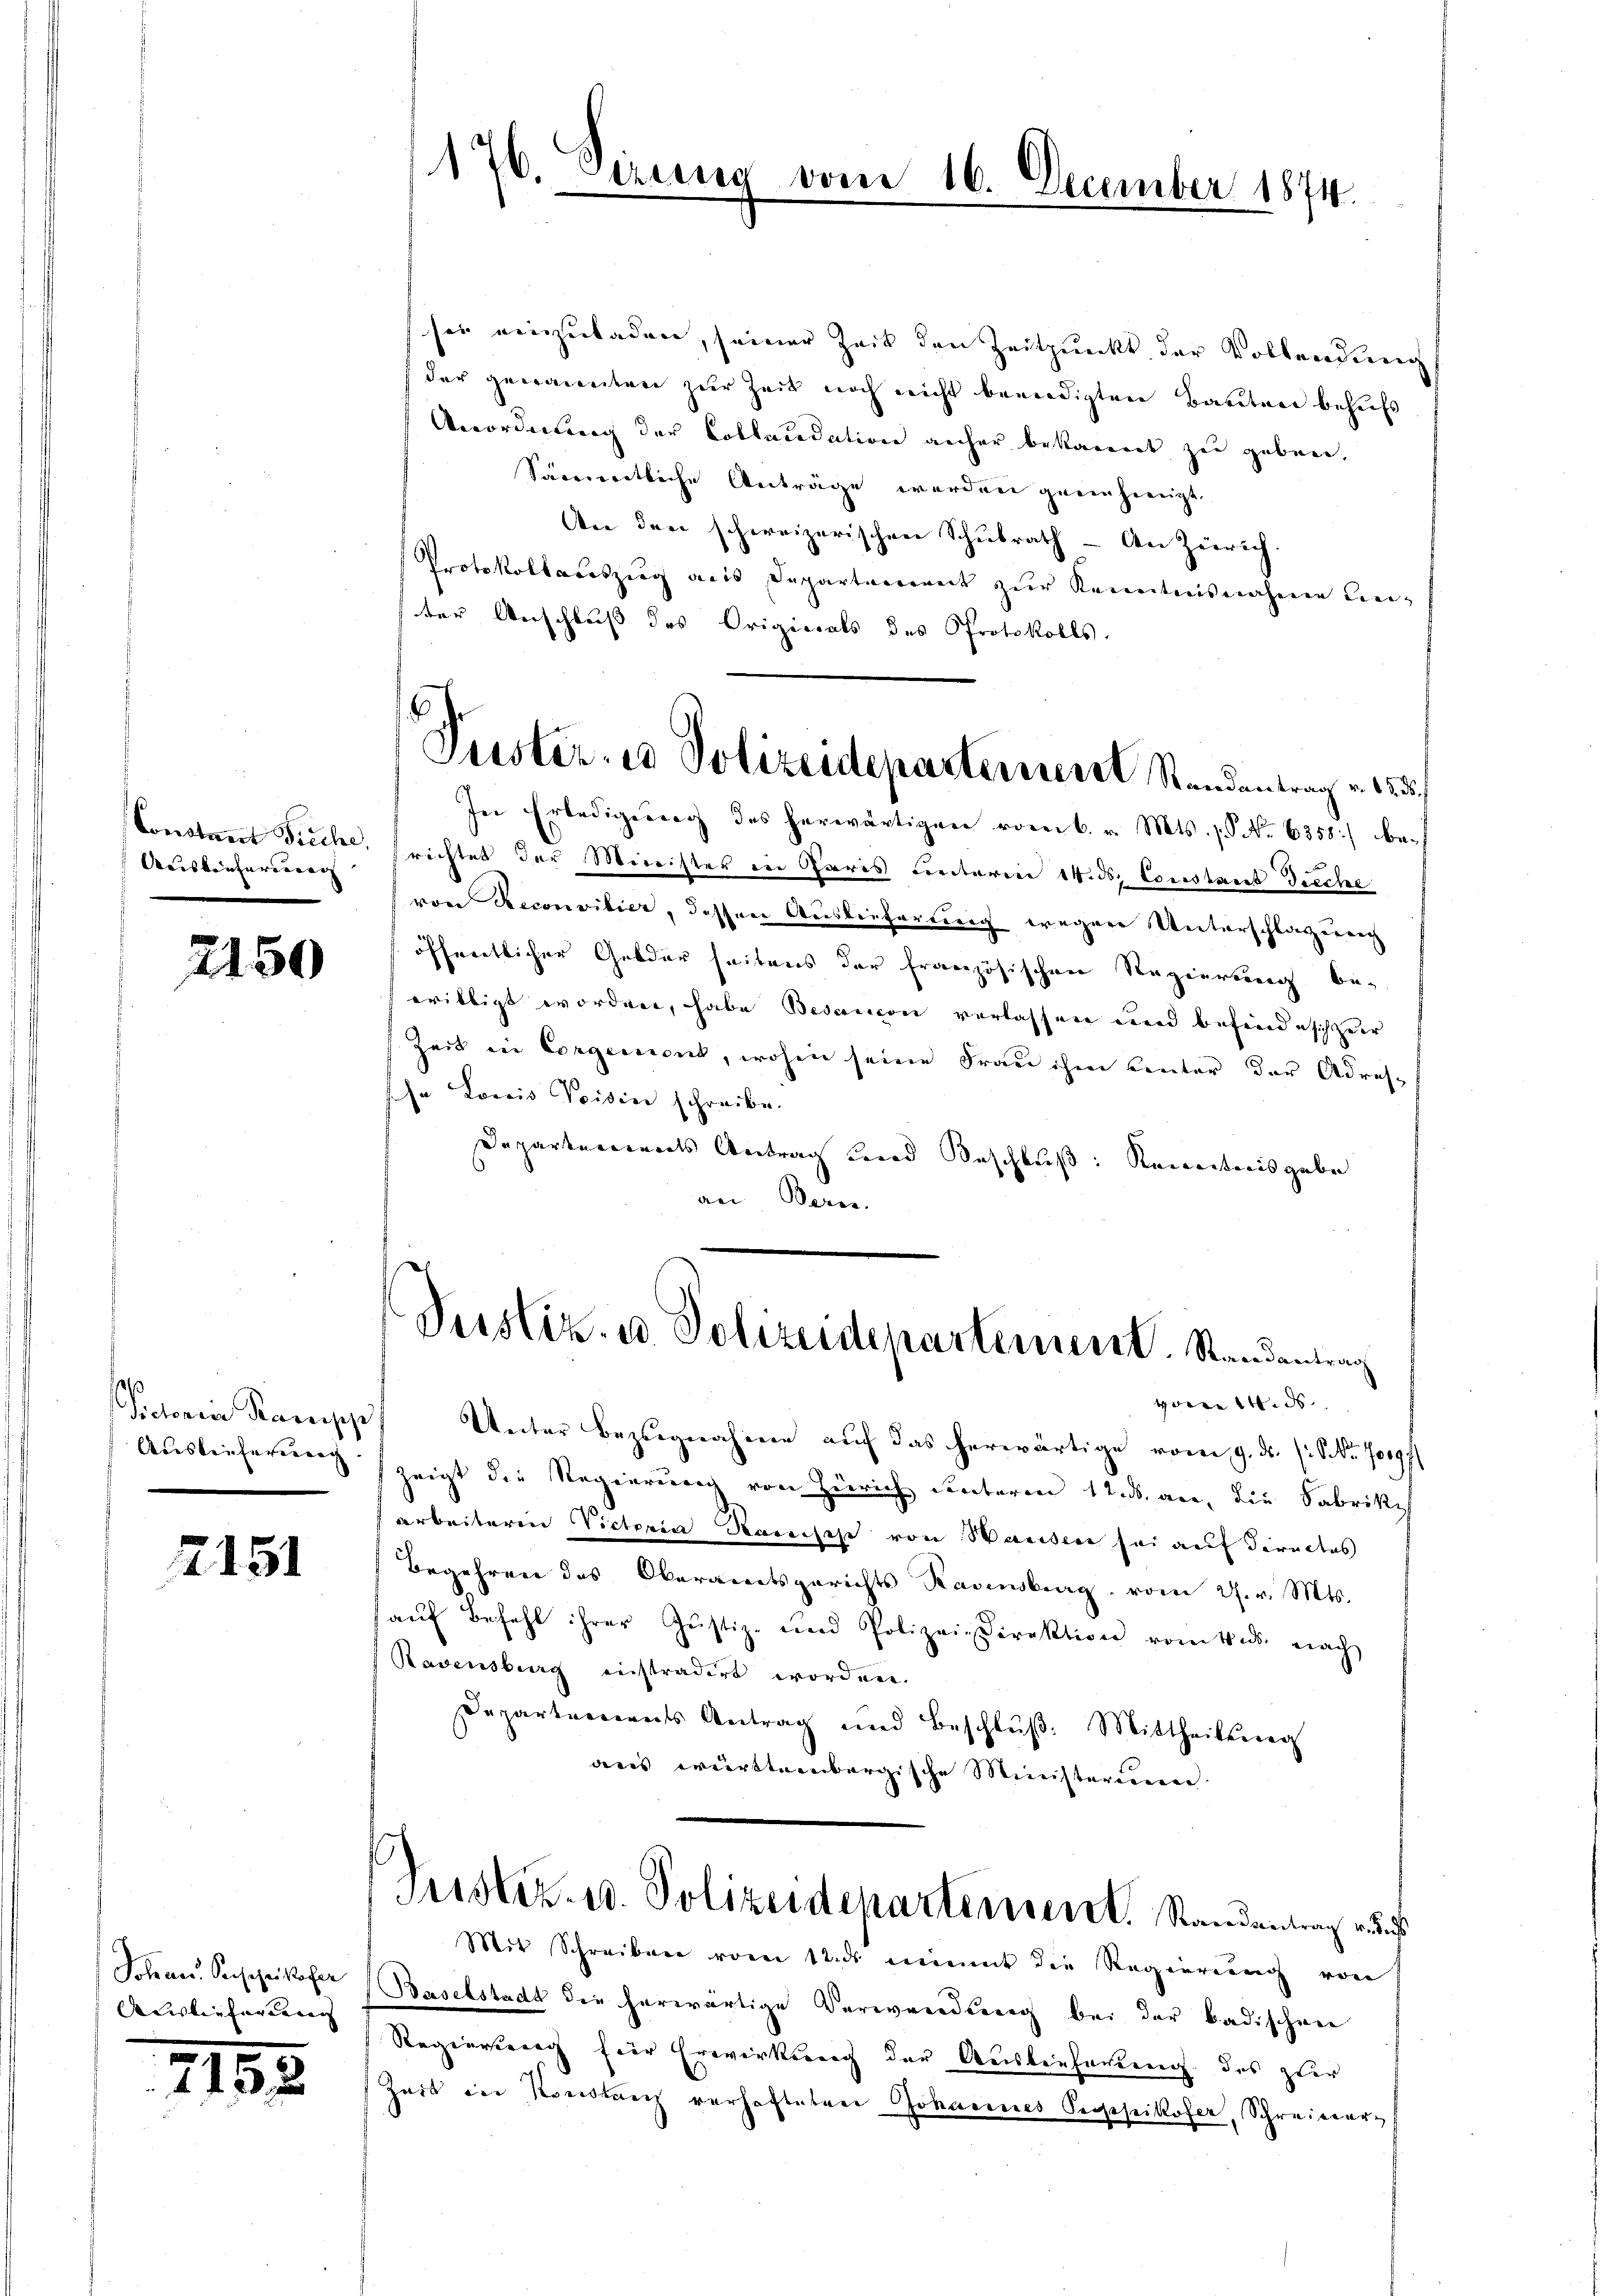
Aaiskonferenung |

2150

¬
Victoria Parische
Aussteifernung

2151

Johan Seischeikofer
Auslieferung |

215

176. Denung

sei einzuladen, seiner Zeit den Zeitpunkt der Vollendung
der genannten zur Zeit noch nicht beendigten Bauten behufs
Anordnung der Collaudation anher bekannt zu geben,
Säumentliche Anträge werden geeinhinigt.
An den schweizerischen Schulrath - An Zürich.
Protokollauszug aus Departement zŭr Kenntnisnahme Lei-
ter Anschluß des Origierats des Protokolls.
In Erledigung des herwärtigen vom 6. v. Mts. 1. No 6358) be¬
Constant Fieche, richtet der Minister in Paris unterm 14. ds. Coustant Dreche
von Reconvitier, dessen Ausliefertig wegen Unterschlagung
öffentlicher Gelder seitens der französischen Regierung bewilligt worden, habe Besaricon verlassen und befinde sich zuer
Zeit in Corgenient, wohin seine Frau ihm Leuter der Adres-
sche Lowis Voisin schreibe.
Departements Antrag und Beschluß: Kenntnisgabe
an Bern.
Verstiz- u Polizeidepartement. Randantrag
von Wid
Unter Bezugnahme auf das herwärtige vom 9. ds. s. Nr. 70197
zeigt die Regierung von Zürich unterm 12. ds. an, die Fabrike
arbeiteren Victoria Stanische von Hausen sei auf directes
Begehren des Oberamtsgerichts Ravensburg vom 27. v. Mts.
aŭf Befehl ihrer Justiz- und Polizei-Direktion vom 4. ds. nach
Ravensberg instradirt worden.
Departerrents Antrag und Beschlŭβ: Mittheilŭng
ares württembergische Ministerium.
Justiz- u. Polizeidepartement. Randantrag aus
Mit Schreiben vom 12. ds enimmt die Regierung von
Baselstadt die herwärtige Verwendung bei der badischen
Regierung für Erwirkung der Auslieferung des zuer
Zeit in Konstanz verhafteten Johannes Pegpikofer, Schreiner¬

vom 16. December 1874.

6
Puster, id Polizeideparternere Randantrag v. 155.